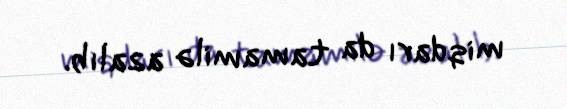
miqdarı da tamamilə azalıb.